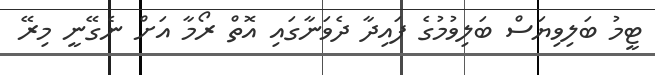
ޓީމު ބަލިވިޔަސް ބަލިވުމުގެ ފައިދާ ދެވަނާގައި އޮތް ރޯމާ އަށް ނެގޭނީ މިރޭ